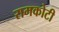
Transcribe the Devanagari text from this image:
रामकोटी